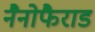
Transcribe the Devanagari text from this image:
नैनोफैराड